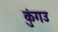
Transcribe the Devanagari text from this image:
कुंगउ